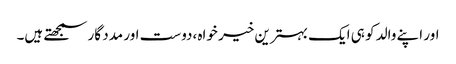
اور اپنے والد کو ہی ایک بہترین خیر خواہ ،دوست اور مدد گار سمجھتے ہیں۔